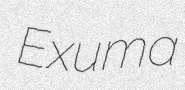
Exuma